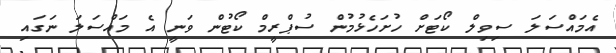
އެމައްސަލަ ސިވިލް ކޯޓަށް ހުށަހެޅުމުން ސުޕްރީމް ކޯޓުން ވަނީ އެ މައްސަލަ ނަގައި